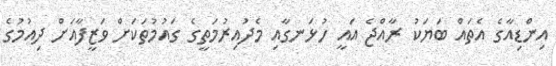
އިންޑިއާގެ އެތައް ބަޔަކު ރާއްޖެ އައީ ހުޅަނގާއި މެދުއިރުމަތީގެ ގައުމުތަކަށް ވަޒީފާއަށް ދިއުމުގެ